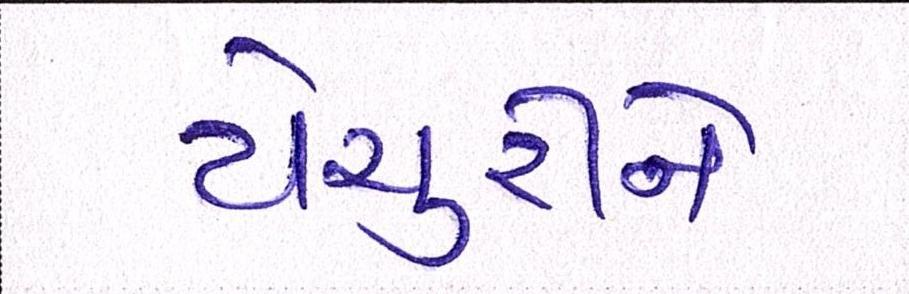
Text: યેચુરીને